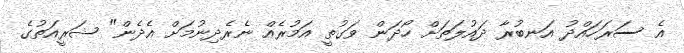
އެ ސަރަހައްދު އަނބުރާ ދައުލަތަށް ހޯދަން ވަގުތީ އަމުރެއް ނެރެދިނުމަށް އެދެން" ޝަރީއަތުގެ